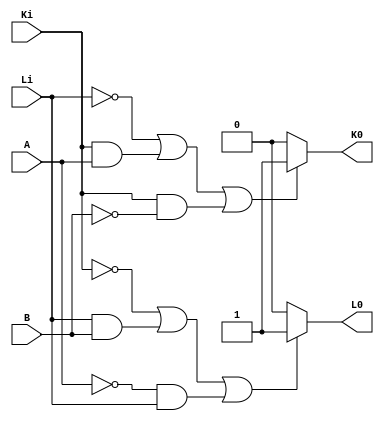
/*  Circuitos Digitales 1
    I ciclo 2022  
Autor: Pablo Duran Segura */

//El presente programa describe un mdulo EXTENDER que compara las magnitudes de 2 palabras de dos bits

module EXTENDER (input Ki,Li,A,B,         //entradas 
                    output  reg K0,L0);   //salidas
                

//funciones que definen cuando se activan o se desactivan las salidas (se calcularon con Mapas de karnaugh)

    always @(*) begin


        if (~Li | Ki&A | Ki&~B) begin   //cuando se de alguna de estas combinaciones se activa la salida K0, de otra forma no se activa
            K0 = 1;
        end

        else 
            K0 = 0;

        if (~Ki | Li&B | ~A&Li) begin  //cuando se de alguna de estas combinaciones se activa la salida L0, de otra forma no se activa
            L0 = 1;
         end 

        else 
          L0 = 0;

        end 

endmodule